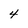
Character: 4